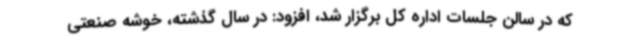
که در سالن جلسات اداره کل برگزار شد، افزود: در سال گذشته، خوشه صنعتی